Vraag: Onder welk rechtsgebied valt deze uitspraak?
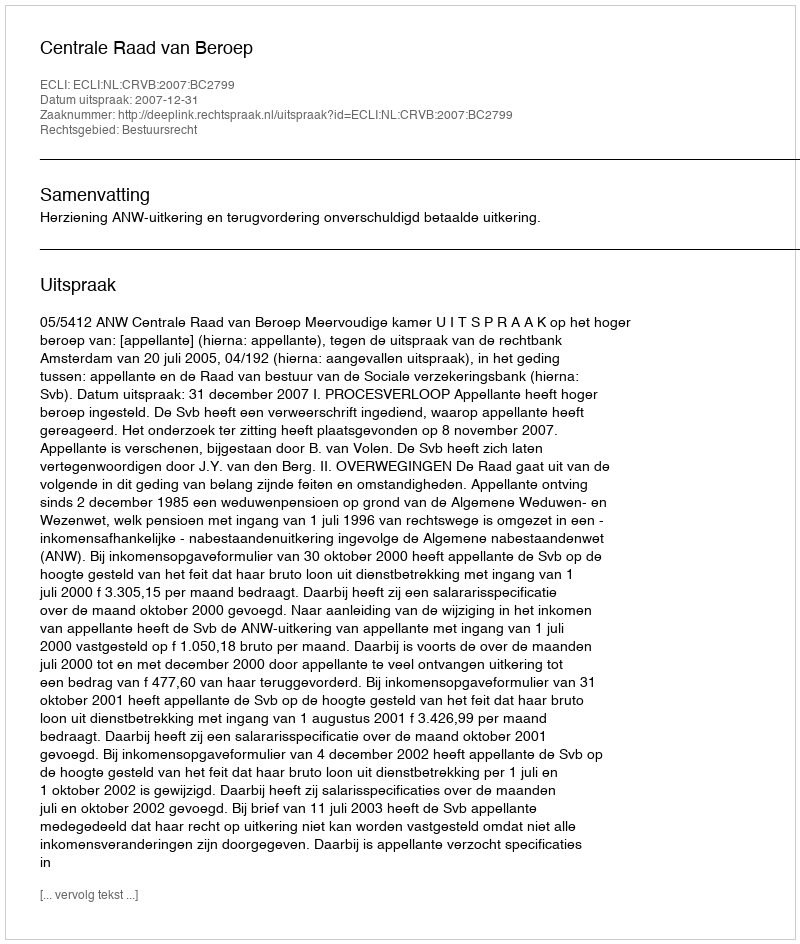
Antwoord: Bestuursrecht